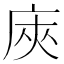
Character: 𢈙